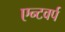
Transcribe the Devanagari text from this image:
एन्टवर्प